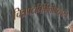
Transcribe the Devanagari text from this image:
चित्रपटनिर्मितीबरोबरच